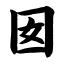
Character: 囡